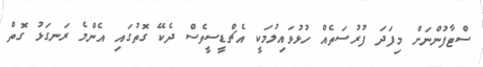
ސްޓާފުންނަށް މިފަދަ ފުރުސަތެއް ހުޅުވައިލުމަކީ އެޗްޑީސީވެސް ދެކޭ ގޮތުގައި އެންމެ ރަނގަޅު ގޮތް